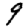
Digit: 9